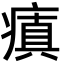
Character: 瘨